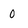
Character: O